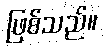
ဖြစ်သည်။